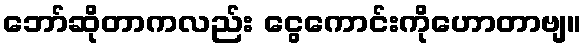
ဘော်ဆိုတာကလည်း ငွေကောင်းကိုဟောတာဗျ။